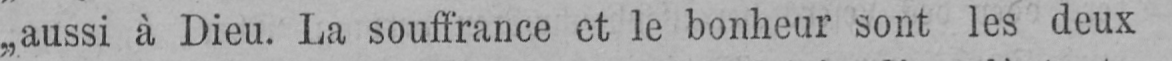
„aussi à Dieu. La souffrance et le bonheur sont les deux